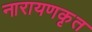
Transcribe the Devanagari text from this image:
नारायणकृत